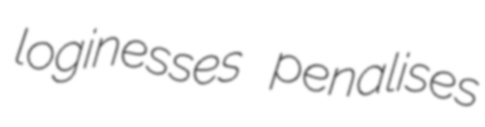
loginesses penalises